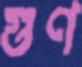
গুণ